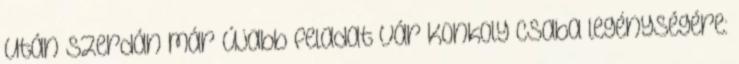
után szerdán már újabb feladat vár Konkoly Csaba legénységére: